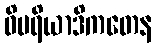
ဝိပရိယာဒိကတေန